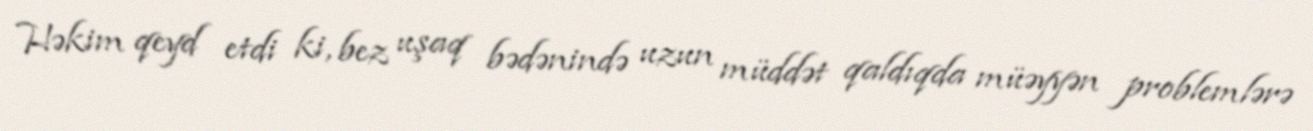
Həkim qeyd etdi ki, bez uşaq bədənində uzun müddət qaldıqda müəyyən problemlərə